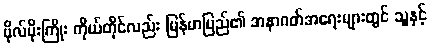
ဗိုလ်မိုးကြိုး ကိုယ်တိုင်လည်း မြန်မာပြည်၏ အနာဂတ်အရေးများတွင် သူနှင့်